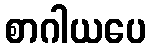
စာဂါယပေ